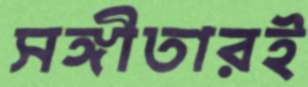
সঙ্গীতারই